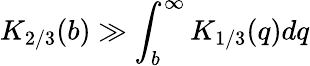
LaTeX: K_{2/3}(b)\gg\int_{b}^{\infty}K_{1/3}(q)dq